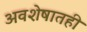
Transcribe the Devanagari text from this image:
अवशेषातही